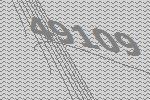
49109